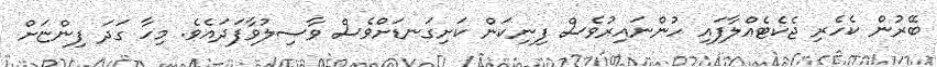
ބޭރުން ކެހެރި ޖެކެޓެއްލާފައި ހުންނައިރުވެސް ފިނިކަން ކަށިގަނޑަށްވެސް ވާސިލުވާފަދައެވެ. މިހާ ގަދަ ފިންޏަށް